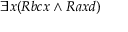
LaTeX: \exists x ( R b c x \land R a x d )